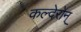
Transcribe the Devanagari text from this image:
कल्देरोन्